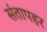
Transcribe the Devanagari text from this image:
संतापहर